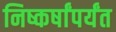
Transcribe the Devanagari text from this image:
निष्कर्षांपर्यंत